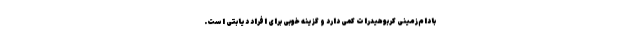
بادام‌زمینی کربوهیدرات کمی دارد و گزینهٔ خوبی برای افراد دیابتی است.